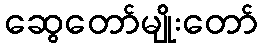
ဆွေတော်မျိုးတော်